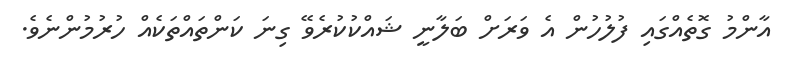
އާންމު ގޮތެއްގައި ފުލުހުން އެ ވަރަށް ބަލާނީ ޝައްކުކުރެވޭ ގިނަ ކަންތައްތަކެއް ހުރުމުންނެވެ.